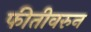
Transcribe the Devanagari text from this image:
फीतीवरुन